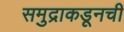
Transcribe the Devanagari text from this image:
समुद्राकडूनची